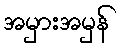
အမှားအမှန်